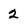
Character: 2